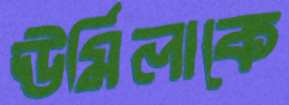
ঊর্মিলাকে